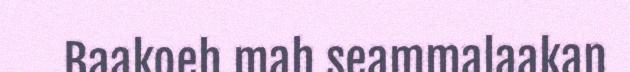
Baakoeh mah seammalaakan